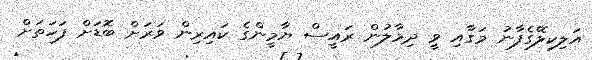
އަލިކިލޭގެފާނު މަގާއި ވީ ދިމާލުން ރައީސް ޔާމީންގެ ކައިރިން ވަރަށް ބޮޑަށް ފަހަތަށް